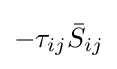
-\tau _{ij}{\bar {S}}_{ij}